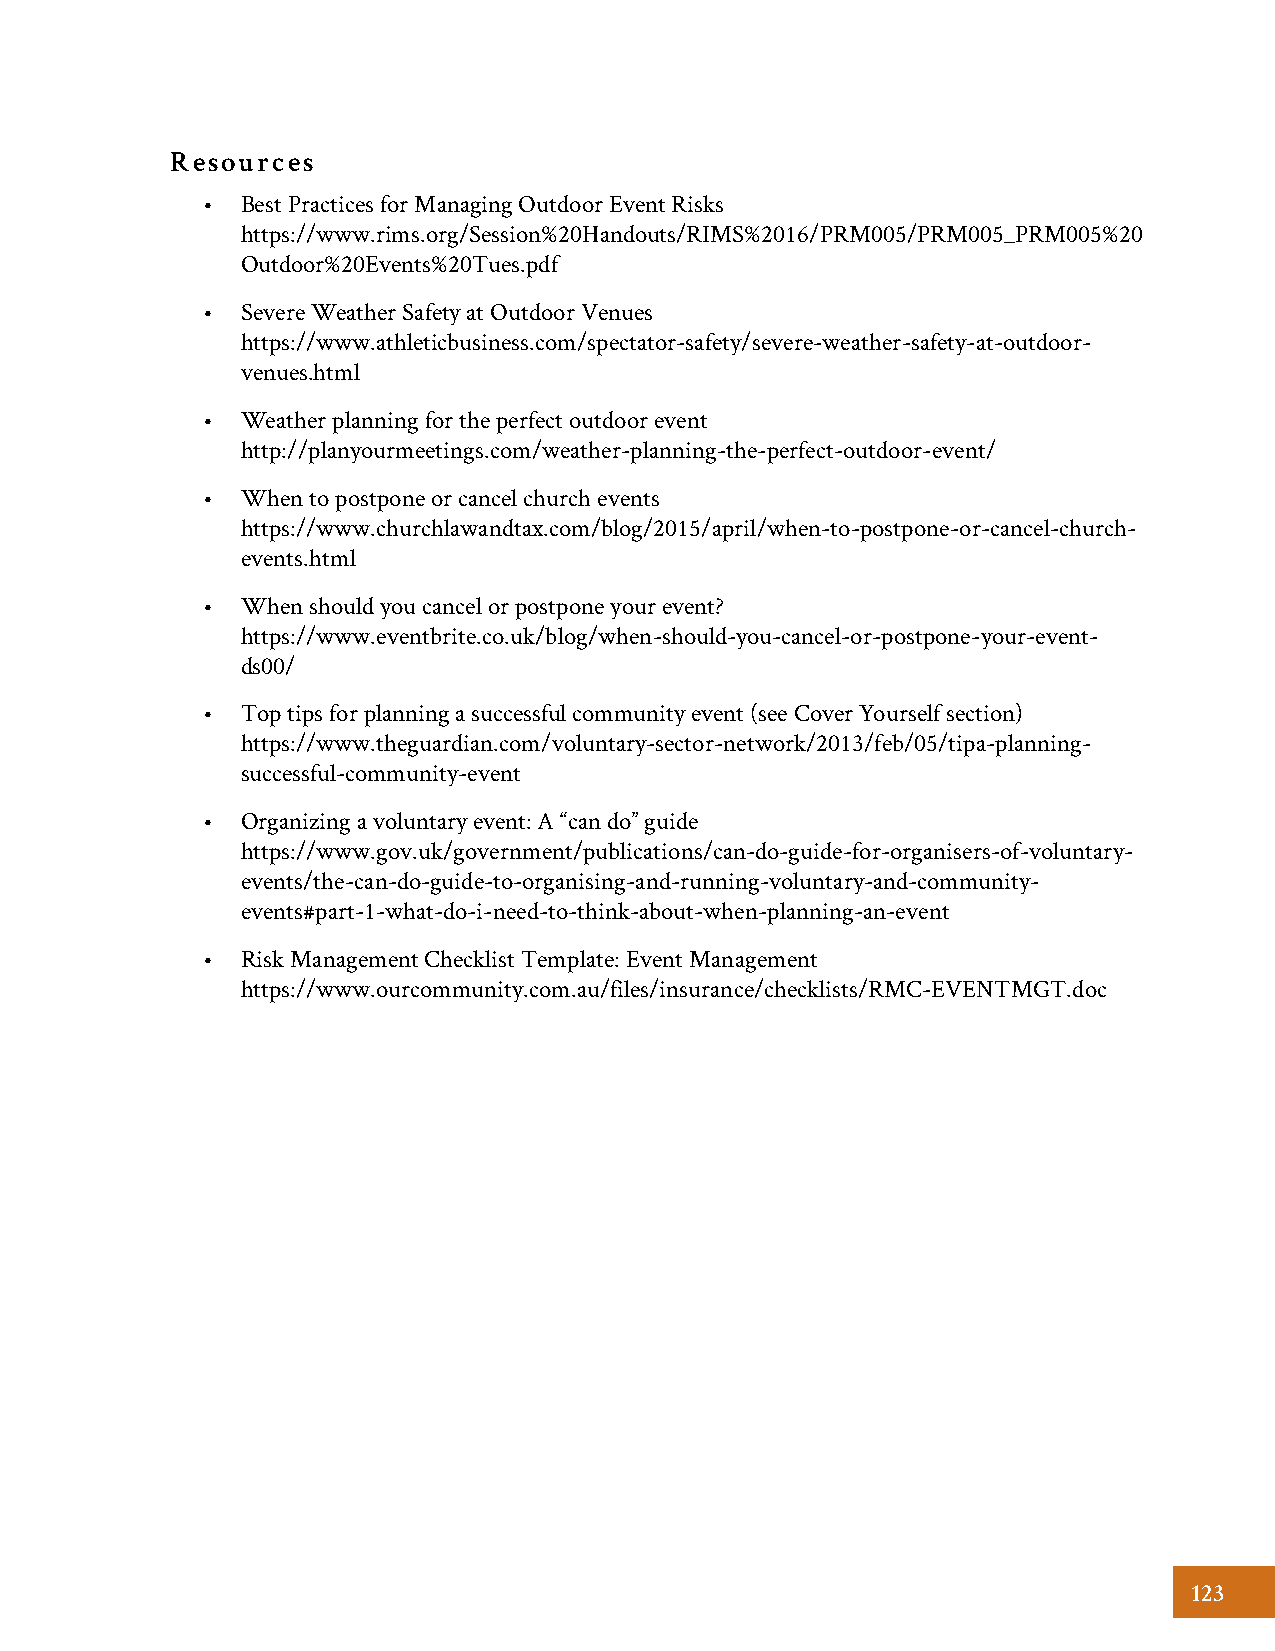
Resources
 •  Best Practices for Managing Outdoor Event Risks
 https://www.rims.org/Session%20Handouts/RIMS%2016/PRM005/PRM005_PRM005%20
 Outdoor%20Events%20Tues.pdf
 •  Severe Weather Safety at Outdoor Venues
 https://www.athleticbusiness.com/spectator-safety/severe-weather-safety-at-outdoor-
 venues.html
 •  Weather planning for the perfect outdoor event
 http://planyourmeetings.com/weather-planning-the-perfect-outdoor-event/
 •  When to postpone or cancel church events
 https://www.churchlawandtax.com/blog/2015/april/when-to-postpone-or-cancel-church-
 events.html
 •  When should you cancel or postpone your event?
 https://www.eventbrite.co.uk/blog/when-should-you-cancel-or-postpone-your-event-
 ds00/
 •  Top tips for planning a successful community event (see Cover Yourself section)
 https://www.theguardian.com/voluntary-sector-network/2013/feb/05/tipa-planning-
 successful-community-event
 •  Organizing a voluntary event: A “can do” guide
 https://www.gov.uk/government/publications/can-do-guide-for-organisers-of-voluntary-
 events/the-can-do-guide-to-organising-and-running-voluntary-and-community-
 events#part-1-what-do-i-need-to-think-about-when-planning-an-event
 •  Risk Management Checklist Template: Event Management
 https://www.ourcommunity.com.au/files/insurance/checklists/RMC-EVENTMGT.doc
 123